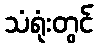
သံရုံးတွင်